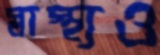
স্বাস্থ্যও